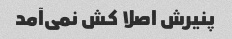
پنیرش اصلا کش نمی‌آمد